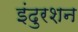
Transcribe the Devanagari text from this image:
इंदुरशन